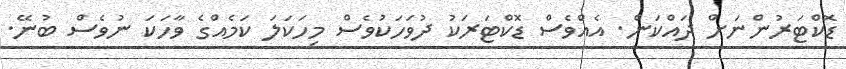
ޑޮކްޓަރުންނަށް ދައްކަން. އެއްވެސް ޑޮކްޓަރަކު ދުވަހަކުވެސް މިހަކަލަ ކަމެއްގެ ވާހަކަ ނުވެސް ބުނޭ.